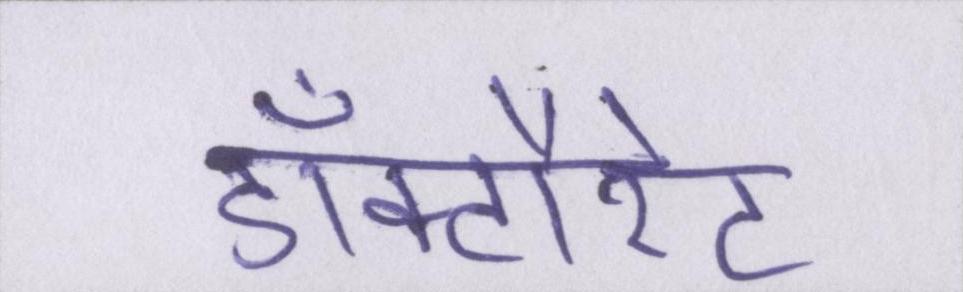
डॉक्टौरेट